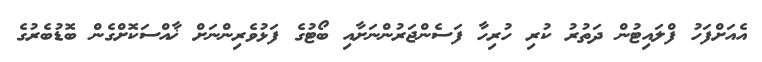
އެއަށްފަހު ފްލައިޓުން ދަތުރު ކުރި ހުރިހާ ފަސެންޖަރުންނަށާއި ބޯޓުގެ ފަޅުވެރިންނަށް ޚާއްސަކޮށްގެން ބޮޑުބެރުގެ